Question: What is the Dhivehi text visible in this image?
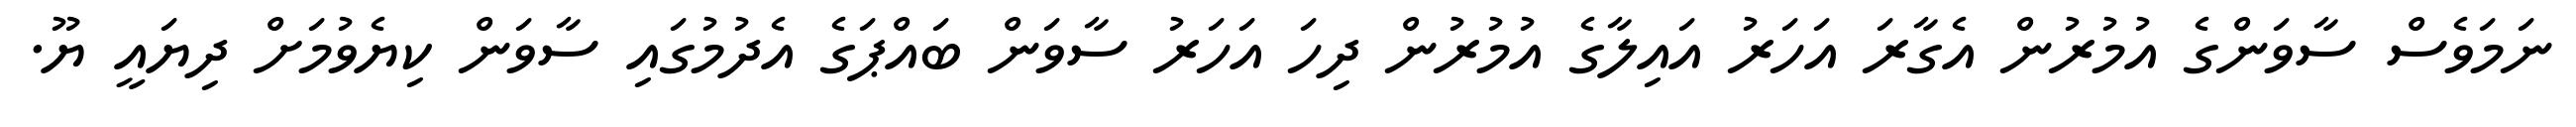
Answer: ނަމަވެސް ސާވަންގެ އުމުރުން އެގާރަ އަހަރު އައިލާގެ އުމުރުން ދިހަ އަހަރު ސާވަން ބައްޕަގެ އެދުމުގައި ސާވަން ކިޔެވުމަށް ދިޔައީ ޔޫ.